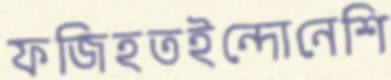
ফজিহতইন্দোনেশি